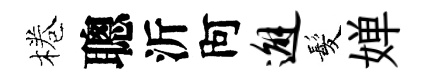
棬聰沂阿邂髪婵